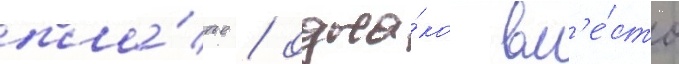
пла́тье / одна́ко вм'е́сто